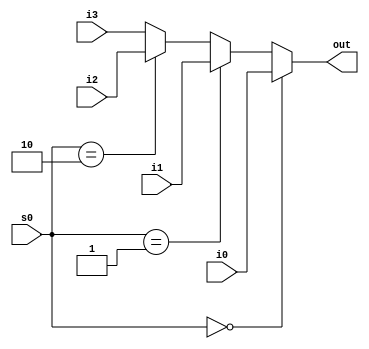
module mult4_to_2_5(out, i0, i1, i2, i3, s0);
  output [4:0] out;
  input [4:0] i0, i1, i2, i3;
  input [1:0] s0; // 2-bit selection input

  assign out = (s0 == 2'b00) ? i0 :
               (s0 == 2'b01) ? i1 :
               (s0 == 2'b10) ? i2 :
                               i3; // when s0 == 2'b11
endmodule